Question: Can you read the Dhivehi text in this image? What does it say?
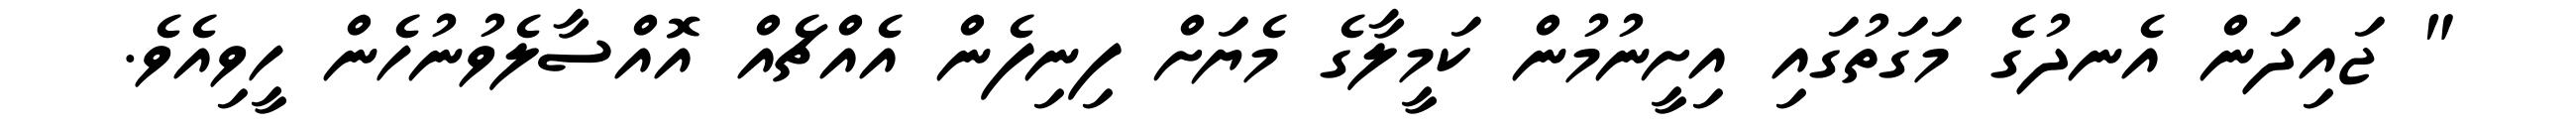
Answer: " ޖައިދަން އެނދުގެ މަގަތުގައި އިށީނުމުން ކަމީލާގެ މެޔަށް ފިނިފެން އެއްޗެއް އޮއްސާލެވުނުހެން ހީވިއެވެ.